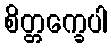
စိတ္တက္ခေပါ